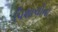
પિશાચોના